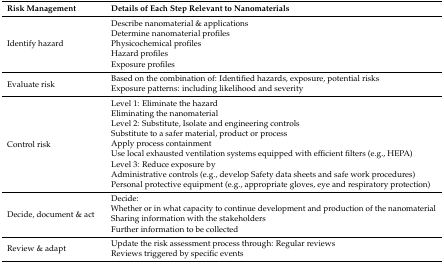
<table><thead><tr><td><b>Risk Management</b></td><td><b>Details of Each Step Relevant to Nanomaterials</b></td></tr></thead><tbody><tr><td rowspan="5">Identify hazard</td><td>Describe nanomaterial &amp; applications</td></tr><tr><td>Determine nanomaterial profiles</td></tr><tr><td>Physicochemical profiles</td></tr><tr><td>Hazard profiles</td></tr><tr><td>Exposure profiles</td></tr><tr><td rowspan="2">Evaluate risk</td><td>Based on the combination of: Identified hazards, exposure, potential risks</td></tr><tr><td>Exposure patterns: including likelihood and severity</td></tr><tr><td rowspan="9">Control risk</td><td>Level 1: Eliminate the hazard</td></tr><tr><td>Eliminating the nanomaterial</td></tr><tr><td>Level 2: Substitute, Isolate and engineering controls</td></tr><tr><td>Substitute to a safer material, product or process</td></tr><tr><td>Apply process containment</td></tr><tr><td>Use local exhausted ventilation systems equipped with efficient filters (e.g., HEPA)</td></tr><tr><td>Level 3: Reduce exposure by</td></tr><tr><td>Administrative controls (e.g., develop Safety data sheets and safe work procedures)</td></tr><tr><td>Personal protective equipment (e.g., appropriate gloves, eye and respiratory protection)</td></tr><tr><td rowspan="3">Decide, document &amp; act</td><td>Decide: Whether or in what capacity to continue development and production of the nanomaterial</td></tr><tr><td>Sharing information with the stakeholders</td></tr><tr><td>Further information to be collected</td></tr><tr><td rowspan="2">Review &amp; adapt</td><td>Update the risk assessment process through: Regular reviews</td></tr><tr><td>Reviews triggered by specific events</td></tr></tbody></table>